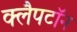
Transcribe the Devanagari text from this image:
क्लैपटॉन